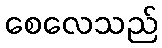
စေလေသည်